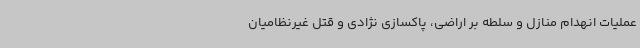
عملیات انهدام منازل و سلطه بر اراضی، پاکسازی نژادی و قتل غیرنظامیان